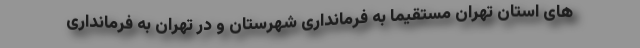
های استان تهران مستقیما به فرمانداری شهرستان و در تهران به فرمانداری